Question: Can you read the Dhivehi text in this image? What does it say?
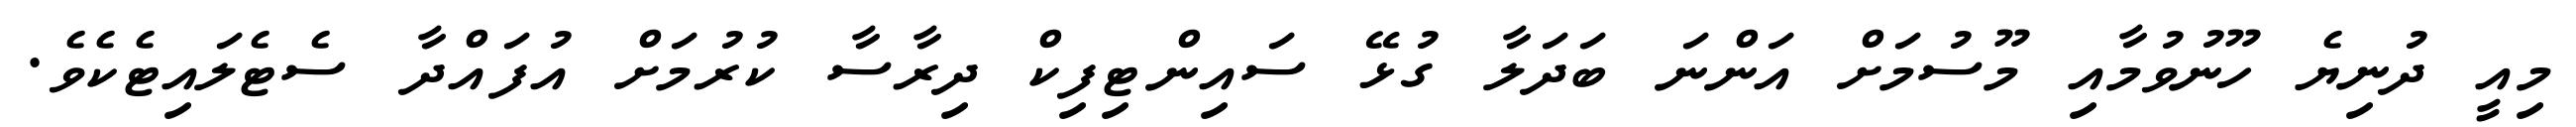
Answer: މިއީ ދުނިޔެ ހޫނުވުމާއި މޫސުމަށް އަންނަ ބަދަލާ ގުޅޭ ސައިންޓިފިކް ދިރާސާ ކުރުމަށް އުފައްދާ ސެޓެލައިޓެކެވެ.